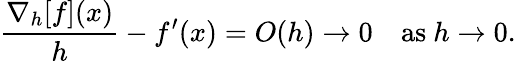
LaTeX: {\frac{\nabla_{h}[f](x)}{h}}-f^{\prime}(x)=O(h)\to 0\quad{\mathrm{as~}}h\to 0.